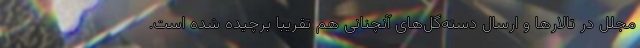
مجلل در تالارها و ارسال دسته‌گل‌های آنچنانی هم تقریبا برچیده شده است.